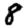
Digit: 8